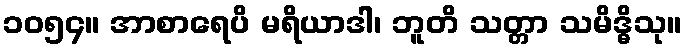
၁၀၅၄။ အာစာရေပိ မရိယာဒါ၊ ဘူတိ သတ္တာ သမိဒ္ဓိသု။